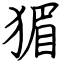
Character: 猸